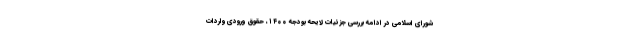
شورای اسلامی در ادامه بررسی جزئیات لایحه بودجه ۱۴۰۰، حقوق ورودی واردات